Sanitation, dispensaries and jails vaccination Rajputana 1922-1927 - 1922-1927
Year: 1922
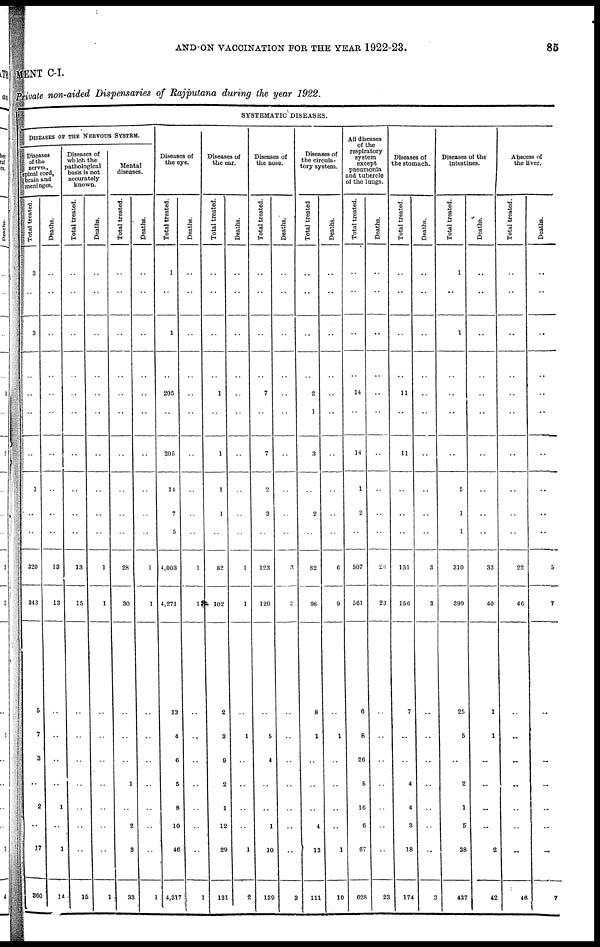
AND ON VACCINATION FOR THE YEAR 1922-23.
85
MENT C-I.
Private non-aided Dispensaries of Rajputana during the year 1922.
SYSTEMATIC DISEASES.
DISEASES OF THE NERVOUS SYSTEM.
Diseases
of the
nerves,
spinal cord,
brain and
meninges.
Total treated.
3
..
3
..
..
..
..
1
..
..
320
343
5
7
3
..
2
..
17
360
Deaths.
..
..
..
..
..
..
..
..
..
..
13
13
..
..
..
..
1
..
1
14
Diseases of
which the
pathological
basis is not
accurately
known.
Total treated.
..
..
..
..
..
..
..
..
..
..
13
15
..
..
..
..
..
..
..
15
Deaths.
..
..
..
..
..
..
..
..
..
..
1
1
..
..
..
..
..
..
..
1
Mental
diseases.
Total treated.
..
..
..
..
..
..
..
..
..
..
28
30
..
..
..
1
..
2
3
33
Deaths.
..
..
..
..
..
..
..
..
..
..
1
1
..
..
..
..
..
..
..
1
Diseases of
the eye.
Total treated.
1
..
1
..
205
..
205
14
7
5
4,003
4,271
13
4
6
5
8
10
46
4,317
Deaths.
..
..
..
..
..
..
..
..
..
..
1
1
..
..
..
..
..
..
..
1
Diseases of
the ear.
Total treated.
..
..
..
..
1
..
1
1
1
..
82
102
2
3
9
2
1
12
29
131
Deaths.
..
..
..
..
..
..
..
..
..
..
1
1
..
1
..
..
..
..
1
2
Diseases of
the nose.
Total treated.
..
..
..
..
7
..
7
2
3
..
123
120
..
5
4
..
..
1
10
139
Deaths.
..
..
..
..
..
..
..
..
..
..
3
3
..
..
..
..
..
..
..
3
Diseases of
the circula-
tory system.
Total treated
..
..
..
..
2
1
3
..
2
..
82
98
8
1
..
..
..
4
13
111
Deaths.
..
..
..
..
..
..
..
..
..
..
6
9
..
1
..
..
..
..
1
10
All diseases
of the
respiratory
system
except
pneumonia
and tubercle
of the lungs.
Total treated.
..
..
..
..
14
..
14
1
2
..
507
561
6
8
26
5
16
6
67
628
Deaths.
..
..
..
..
..
..
..
..
..
..
20
23
..
..
..
..
..
..
..
23
Diseases of
the stomach.
Total treated.
..
..
..
..
11
..
11
..
..
..
151
156
7
..
..
4
4
3
18
174
Deaths.
..
..
..
..
..
..
..
..
..
..
3
3
..
..
..
..
..
..
..
3
Diseases of the
intestines.
Total treated.
1
..
1
..
..
..
..
5
1
1
310
399
25
5
..
2
1
5
38
437
Deaths.
..
..
..
..
..
..
..
..
..
..
33
40
1
1
..
..
..
..
2
42
Abscess of
the liver.
Total treated.
..
..
..
..
..
..
..
..
..
..
22
46
..
..
..
..
..
..
..
46
Deaths.
..
..
..
..
..
..
..
..
..
..
5
7
..
..
..
..
..
..
..
7